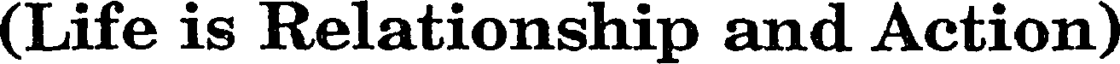
(Life is Relationship and Action)